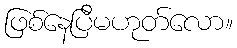
ဖြစ်နေပြီမဟုတ်လော။